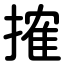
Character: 搉